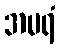
အမရံ